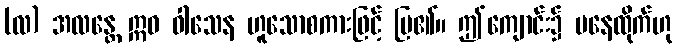
(လ) အလန္တေ ဣဓ ဝါသေန ဟူသောစကားဖြင့် ပြ၏။ ဤကျောင်း၌ မနေထိုက်ဟု